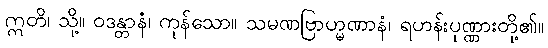
ဣတိ၊ သို့။ ဝဒန္တာနံ၊ ကုန်သော။ သမဏဗြာဟ္မဏာနံ၊ ရဟန်းပုဏ္ဏားတို့၏။